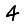
Digit: 4